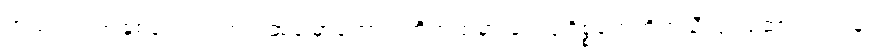
အသက် ၁၆ နှစ်ရောက်လာတဲ့အခါမှာတော့ ရဲတိုက်ထဲမှာ ဝေယျဝိစ္စတွေကိုကူညီလုပ်ဆောင်ရင်း နဲ့